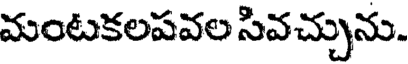
మంటకలపవల సివచ్చును.